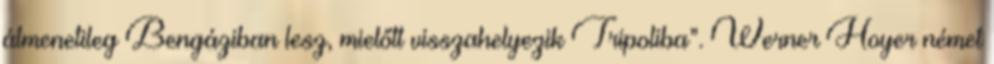
átmenetileg Bengáziban lesz, mielőtt visszahelyezik Tripoliba”. Werner Hoyer német